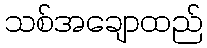
သစ်အချောထည်